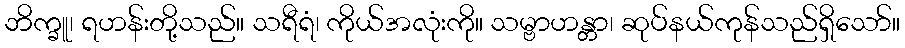
ဘိက္ခူ၊ ရဟန်းတို့သည်။ သရီရံ၊ ကိုယ်အလုံးကို။ သမ္ဗာဟန္တာ၊ ဆုပ်နယ်ကုန်သည်ရှိသော်။